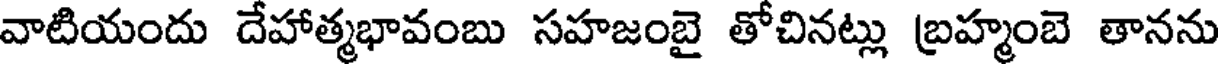
వాటియందు దేహాత్మభావంబు సహజంబై తోచినట్లు బ్రహ్మంబె తానను